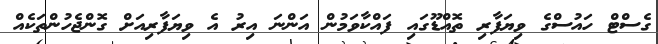
ގެސްޓް ހައުސްގެ ވިޔަފާރި ތޮއްޑޫގައި ފައްކާވަމުން އަންނަ އިރު އެ ވިޔަފާރިއަށް ގޮންޖެހުންތަކެއް